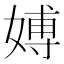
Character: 𱙠